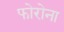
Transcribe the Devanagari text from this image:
फोरोना